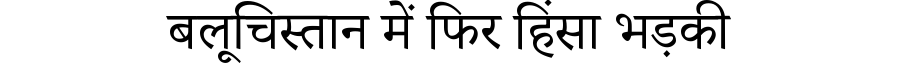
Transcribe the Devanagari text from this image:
बलूचिस्तान में फिर हिंसा भड़की